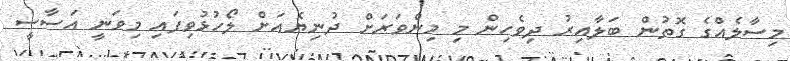
މިސާލެއްގެ ގޮތުން ބަލާއިރު ދިވެހިން މި މިންވަރަށް ދުނިޔެއަށް ލޯހުޅުވިފައި މިވަނީ އަސާސީ